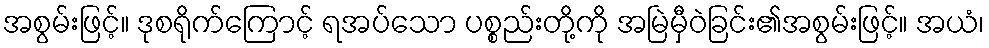
အစွမ်းဖြင့်။ ဒုစရိုက်ကြောင့် ရအပ်သော ပစ္စည်းတို့ကို အမြဲမှီဝဲခြင်း၏အစွမ်းဖြင့်။ အယံ၊